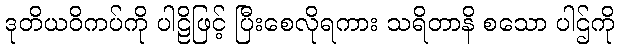
ဒုတိယဝိကပ်ကို ပါဠိဖြင့် ပြီးစေလိုရကား သရိတာနိ စသော ပါဌ်ကို